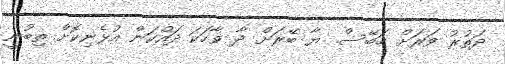
ދަތުރު ވަރަށް ހަބޭސް. ޔާ ބޭރަށް ދާ ވާހަކަ ދައްކަން އުޅެނިކޮށް ތިބުނީ